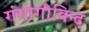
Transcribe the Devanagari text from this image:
गंगागोविन्द